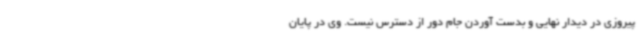
پیروزی در دیدار نهایی و بدست آوردن جام دور از دسترس نیست. وی در پایان